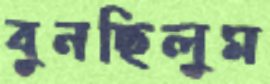
বুনছিলুম